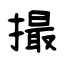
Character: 撮